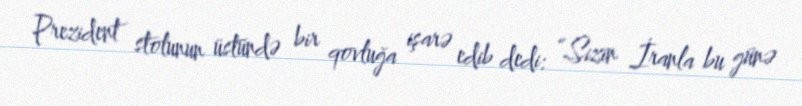
Prezident stolunun üstündə bir qovluğa işarə edib dedi: “Sizin İranla bu günə